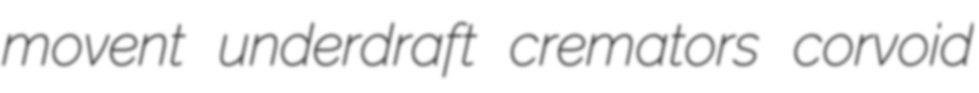
movent underdraft cremators corvoid